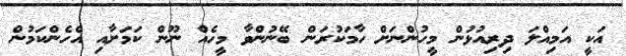
އަކީ އަމިއްލަ ދިރިއުޅުން މީހުންނަށް ހާމަކުރަން ބޭނުންވާ މީހެއް ނޫން ކަމަށާއި އެހެންކަމުން